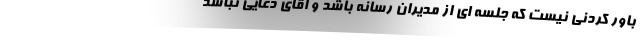
باور کردنی نیست که جلسه ای از مدیران رسانه باشد و اقای دعایی نباشد